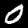
Label: 0